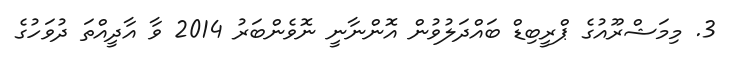
3. މިމަޝްރޫއުގެ ޕްރީބިޑް ބައްދަލުވުން އޮންނާނީ ނޮވެންބަރު 2014 ވާ އާދީއްތަ ދުވަހުގެ